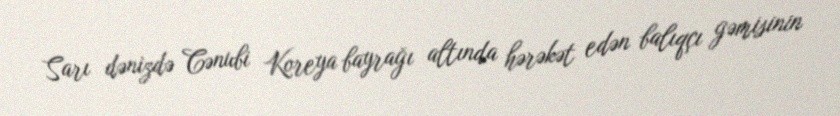
Sarı dənizdə Cənubi Koreya bayrağı altında hərəkət edən balıqçı gəmisinin